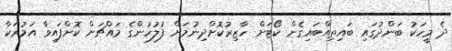
ދެ މީހަކު ބަންދުގައި ބައިތިއްބައިގެން ކޯޓަށް ހާޒިރުކޮށްދިނުމަށް ފުލުހުންގެ މައްޗަށް ކޮށްފައިވާ އަމުރަކާ